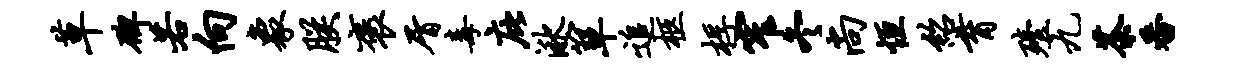
草碑若向象朕褒屑毒庇湫箪追柩桴窄冬尚恒绍育殪九茶番